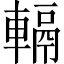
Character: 𨍮